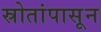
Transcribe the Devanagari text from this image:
स्रोतांपासून